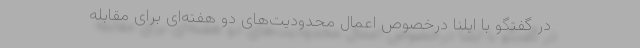
در گفتگو با ایلنا درخصوص اعمال محدودیت‌های دو هفته‌ای برای مقابله